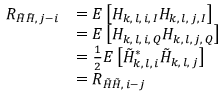
\begin{array} { r l } { R _ { \tilde { H } \tilde { H } , \, j - i } } & { = E \left[ H _ { k , \, l , \, i , \, I } H _ { k , \, l , \, j , \, I } \right] } \\ & { = E \left[ H _ { k , \, l , \, i , \, Q } H _ { k , \, l , \, j , \, Q } \right] } \\ & { = \frac { 1 } { 2 } E \left[ \tilde { H } _ { k , \, l , \, i } ^ { * } \tilde { H } _ { k , \, l , \, j } \right] } \\ & { = R _ { \tilde { H } \tilde { H } , \, i - j } } \end{array}